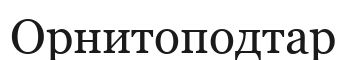
Орнитоподтар